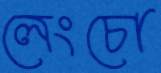
লেংচো